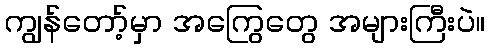
ကျွန်တော့်မှာ အကြွေတွေ အများကြီးပဲ။